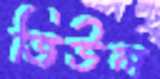
জিউল